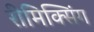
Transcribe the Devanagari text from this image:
रीमिक्सिंग